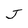
Character: J